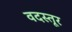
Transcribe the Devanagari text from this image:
वदस्तूर